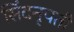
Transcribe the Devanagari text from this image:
सिंदनृपती